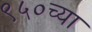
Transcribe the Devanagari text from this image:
९५०च्या